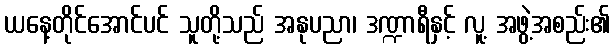
ယနေ့တိုင်အောင်ပင် သူတို့သည် အနုပညာ၊ ဒဏ္ဍာရီနှင့် လူ့ အဖွဲ့အစည်း၏